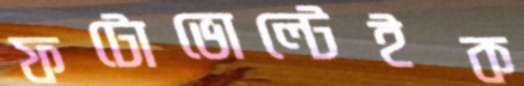
ফটোভোল্টেইক